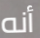
أنه